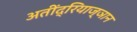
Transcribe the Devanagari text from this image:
अतींद्रियाज्ञान